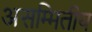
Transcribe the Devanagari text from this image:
असम्मितीय